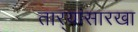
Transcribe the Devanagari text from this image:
तार्‍यांसारखा